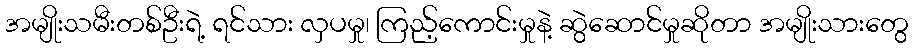
အမျိုးသမီးတစ်ဦးရဲ့ ရင်သား လှပမှု၊ ကြည့်ကောင်းမှုနဲ့ ဆွဲဆောင်မှုဆိုတာ အမျိုးသားတွေ